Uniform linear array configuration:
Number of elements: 8
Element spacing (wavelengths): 0.25
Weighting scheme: cosine
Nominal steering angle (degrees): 60
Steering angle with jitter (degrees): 61.225
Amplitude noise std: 0.05
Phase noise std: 0.05

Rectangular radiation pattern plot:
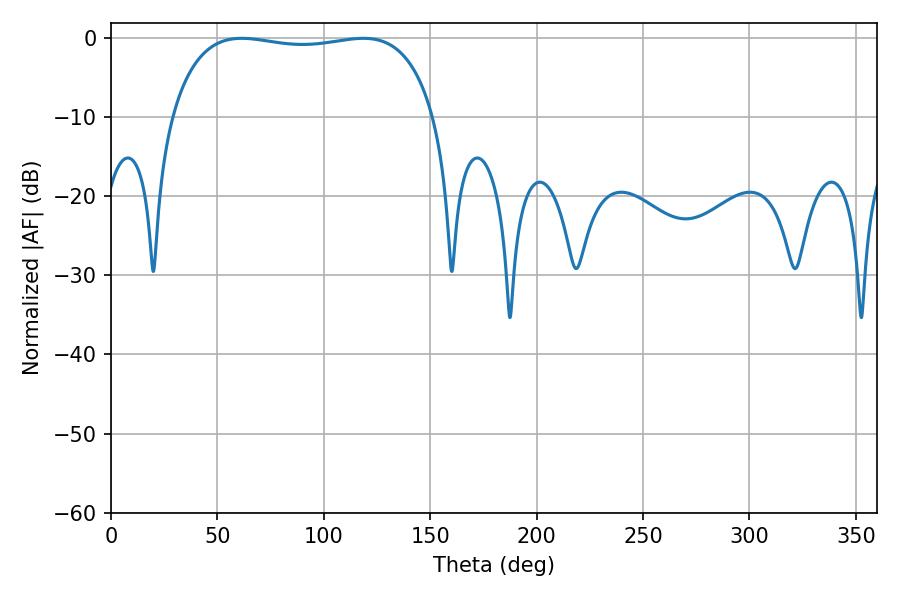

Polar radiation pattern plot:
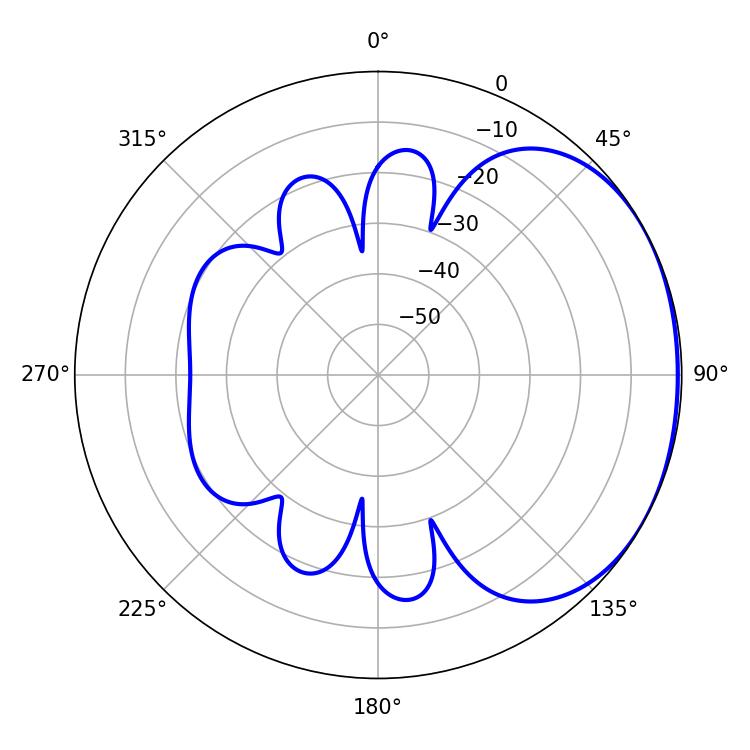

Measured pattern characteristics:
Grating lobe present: FALSE
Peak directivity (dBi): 1.516
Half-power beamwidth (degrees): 99.72
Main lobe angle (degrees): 61.38